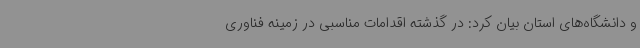
و دانشگاه‌های استان بیان کرد: در گذشته اقدامات مناسبی در زمینه فناوری